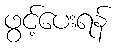
ဖွင့်ပေးရန်